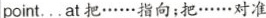
point…at把……指向;把……对准